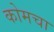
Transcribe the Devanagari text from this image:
कोमचा